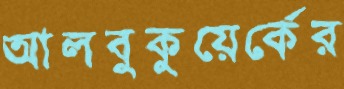
আলবুকুয়ের্কের